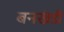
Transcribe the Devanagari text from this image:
बनखंडी